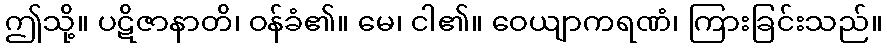
ဤသို့။ ပဋိဇာနာတိ၊ ဝန်ခံ၏။ မေ၊ ငါ၏။ ဝေယျာကရဏံ၊ ကြားခြင်းသည်။